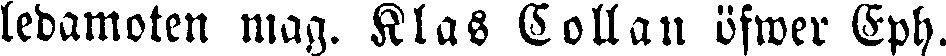
ledamoten mag. Klas Collan öfwer Eph.